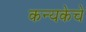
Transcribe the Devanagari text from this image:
कन्यकेचे